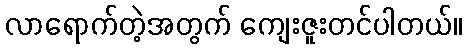
လာရောက်တဲ့အတွက် ကျေးဇူးတင်ပါတယ်။